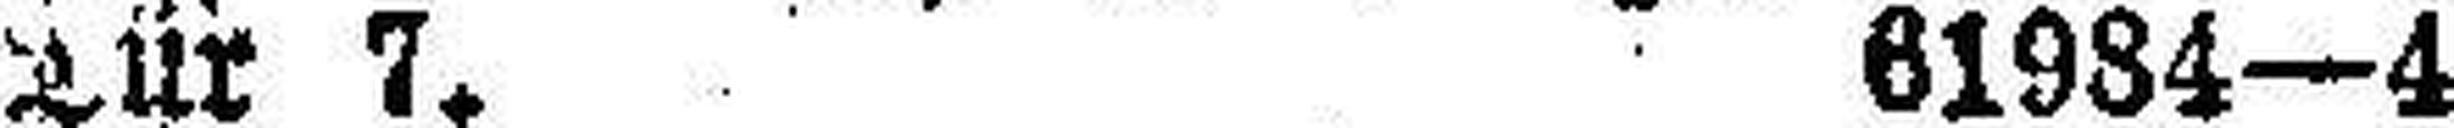
Tür 7. 61984—4